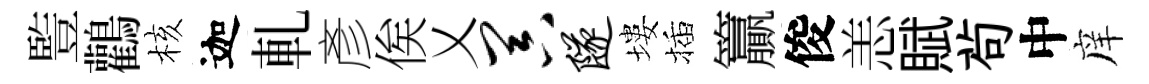
䜿鸛核迦軋彥俟乂器隧塿插籯俊恙賦茍中庠